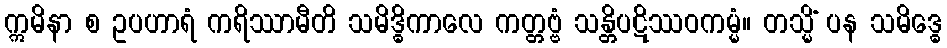
ဣမိနာ စ ဥပဟာရံ ကရိဿာမီတိ သမိဒ္ဓိကာလေ ကတ္တဗ္ဗံ သန္တိပဋိဿဝကမ္မံ။ တသ္မိံ ပန သမိဒ္ဓေ